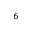
_ 6